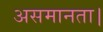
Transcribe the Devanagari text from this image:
असमानता।